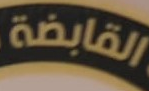
القابضة